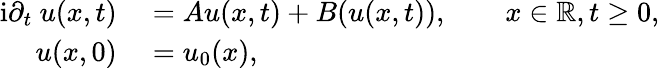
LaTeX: \begin{array}{rl}{\mathrm{i}\partial_{t}\ u(x,t)}&{{}=Au(x,t)+B(u(x,t)),\qquad x\in\mathbb{R},t\geq 0,}\\ {u(x,0)}&{{}=u_{0}(x),}\end{array}